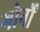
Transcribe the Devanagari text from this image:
गोर्नो